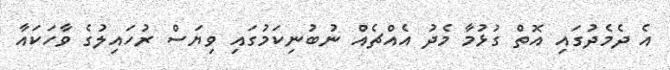
އެ ދެމެދުގައި އޮތް ގުޅުމާ މެދު އެއްޗެއް ނުބުނިކަމުގައި ވިޔަސް ރުހައިލުގެ ވާހަކައާ